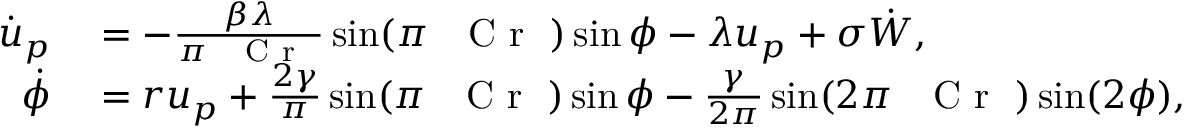
\begin{array} { r l } { \dot { u } _ { p } } & { { } = - \frac { \beta \lambda } { \pi \mathrm { ~ \textit ~ { ~ C ~ r ~ } ~ } } \sin ( \pi \mathrm { ~ \textit ~ { ~ C ~ r ~ } ~ } ) \sin \phi - \lambda u _ { p } + \sigma \dot { W } , } \\ { \dot { \phi } } & { { } = r u _ { p } + \frac { 2 \gamma } { \pi } \sin ( \pi \mathrm { ~ \textit ~ { ~ C ~ r ~ } ~ } ) \sin \phi - \frac { \gamma } { 2 \pi } \sin ( 2 \pi \mathrm { ~ \textit ~ { ~ C ~ r ~ } ~ } ) \sin ( 2 \phi ) , } \end{array}